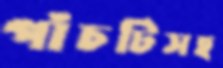
পাঁচটিসহ